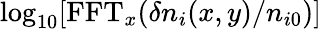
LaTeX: \log_{10}[\mathrm{FFT}_{x}(\delta n_{i}(x,y)/n_{i0})]